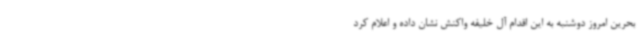
بحرین امروز دوشنبه به این اقدام آل خلیفه واکنش نشان داده و اعلام کرد